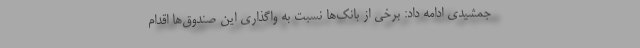
جمشیدی ادامه داد: برخی از بانک‌ها نسبت به واگذاری این صندوق‌ها اقدام